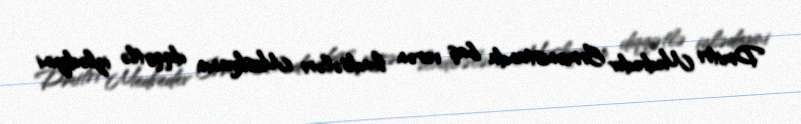
Dmitri Medvedev Ermənistanda baş verən hadisələri Moskvanın diqqətlə izlədiyini